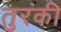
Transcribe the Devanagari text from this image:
तुरकी